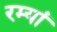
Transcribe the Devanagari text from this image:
रम्यां